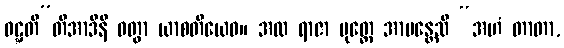
ဝဋ္ဋတီ”တိအာဒီနိ ဝတွာ ယာစတိယေဝ။ အထ ရာဇာ ပုတ္တေ အာမန္တေသိ “အဟံ တာတာ,